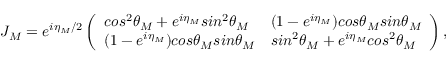
J _ { M } = e ^ { i \eta _ { M } / 2 } \left( \begin{array} { l l } { c o s ^ { 2 } \theta _ { M } + e ^ { i \eta _ { M } } s i n ^ { 2 } \theta _ { M } } & { ( 1 - e ^ { i \eta _ { M } } ) c o s \theta _ { M } s i n \theta _ { M } } \\ { ( 1 - e ^ { i \eta _ { M } } ) c o s \theta _ { M } s i n \theta _ { M } } & { s i n ^ { 2 } \theta _ { M } + e ^ { i \eta _ { M } } c o s ^ { 2 } \theta _ { M } } \end{array} \right) ,